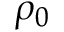
\rho _ { 0 }